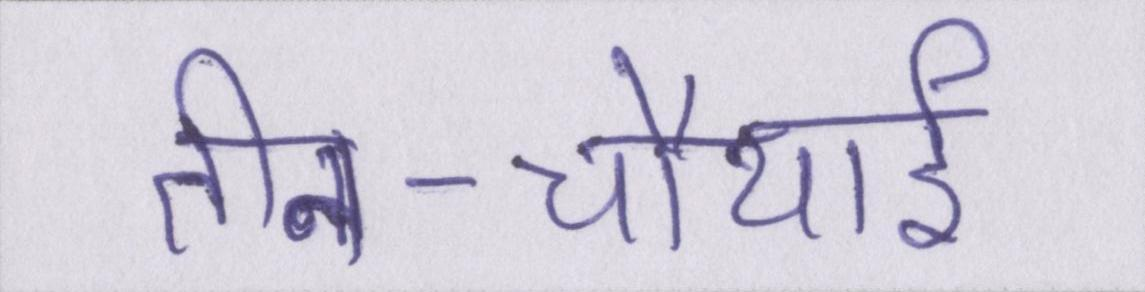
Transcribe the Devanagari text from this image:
तीन-चौथाई